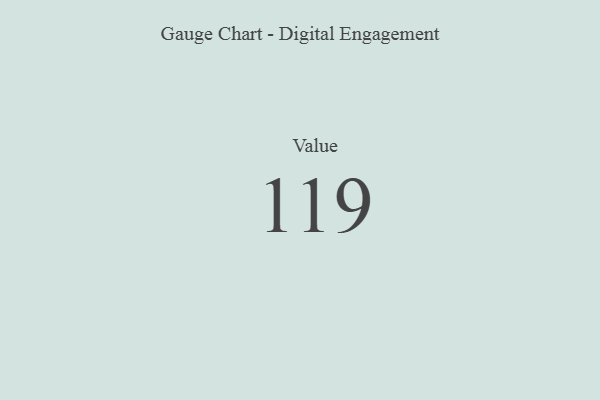
{"axis": {"x": "Metric", "y": "Value"}, "legend": [""], "data": [{"x": "Value", "y": 119, "type": ""}]}